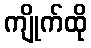
ကျိုက်ထို